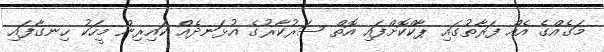
މަގެއްގެ އެއް ފަރާތުގައި ޕާކްކޮށްފައި އޮތް ސަރުކާރުގެ އުޅަނދެއް ކައިރިން މީހަކު ހިނގާފައި